V__Kingissepa_nim__kolhoos, lk 90
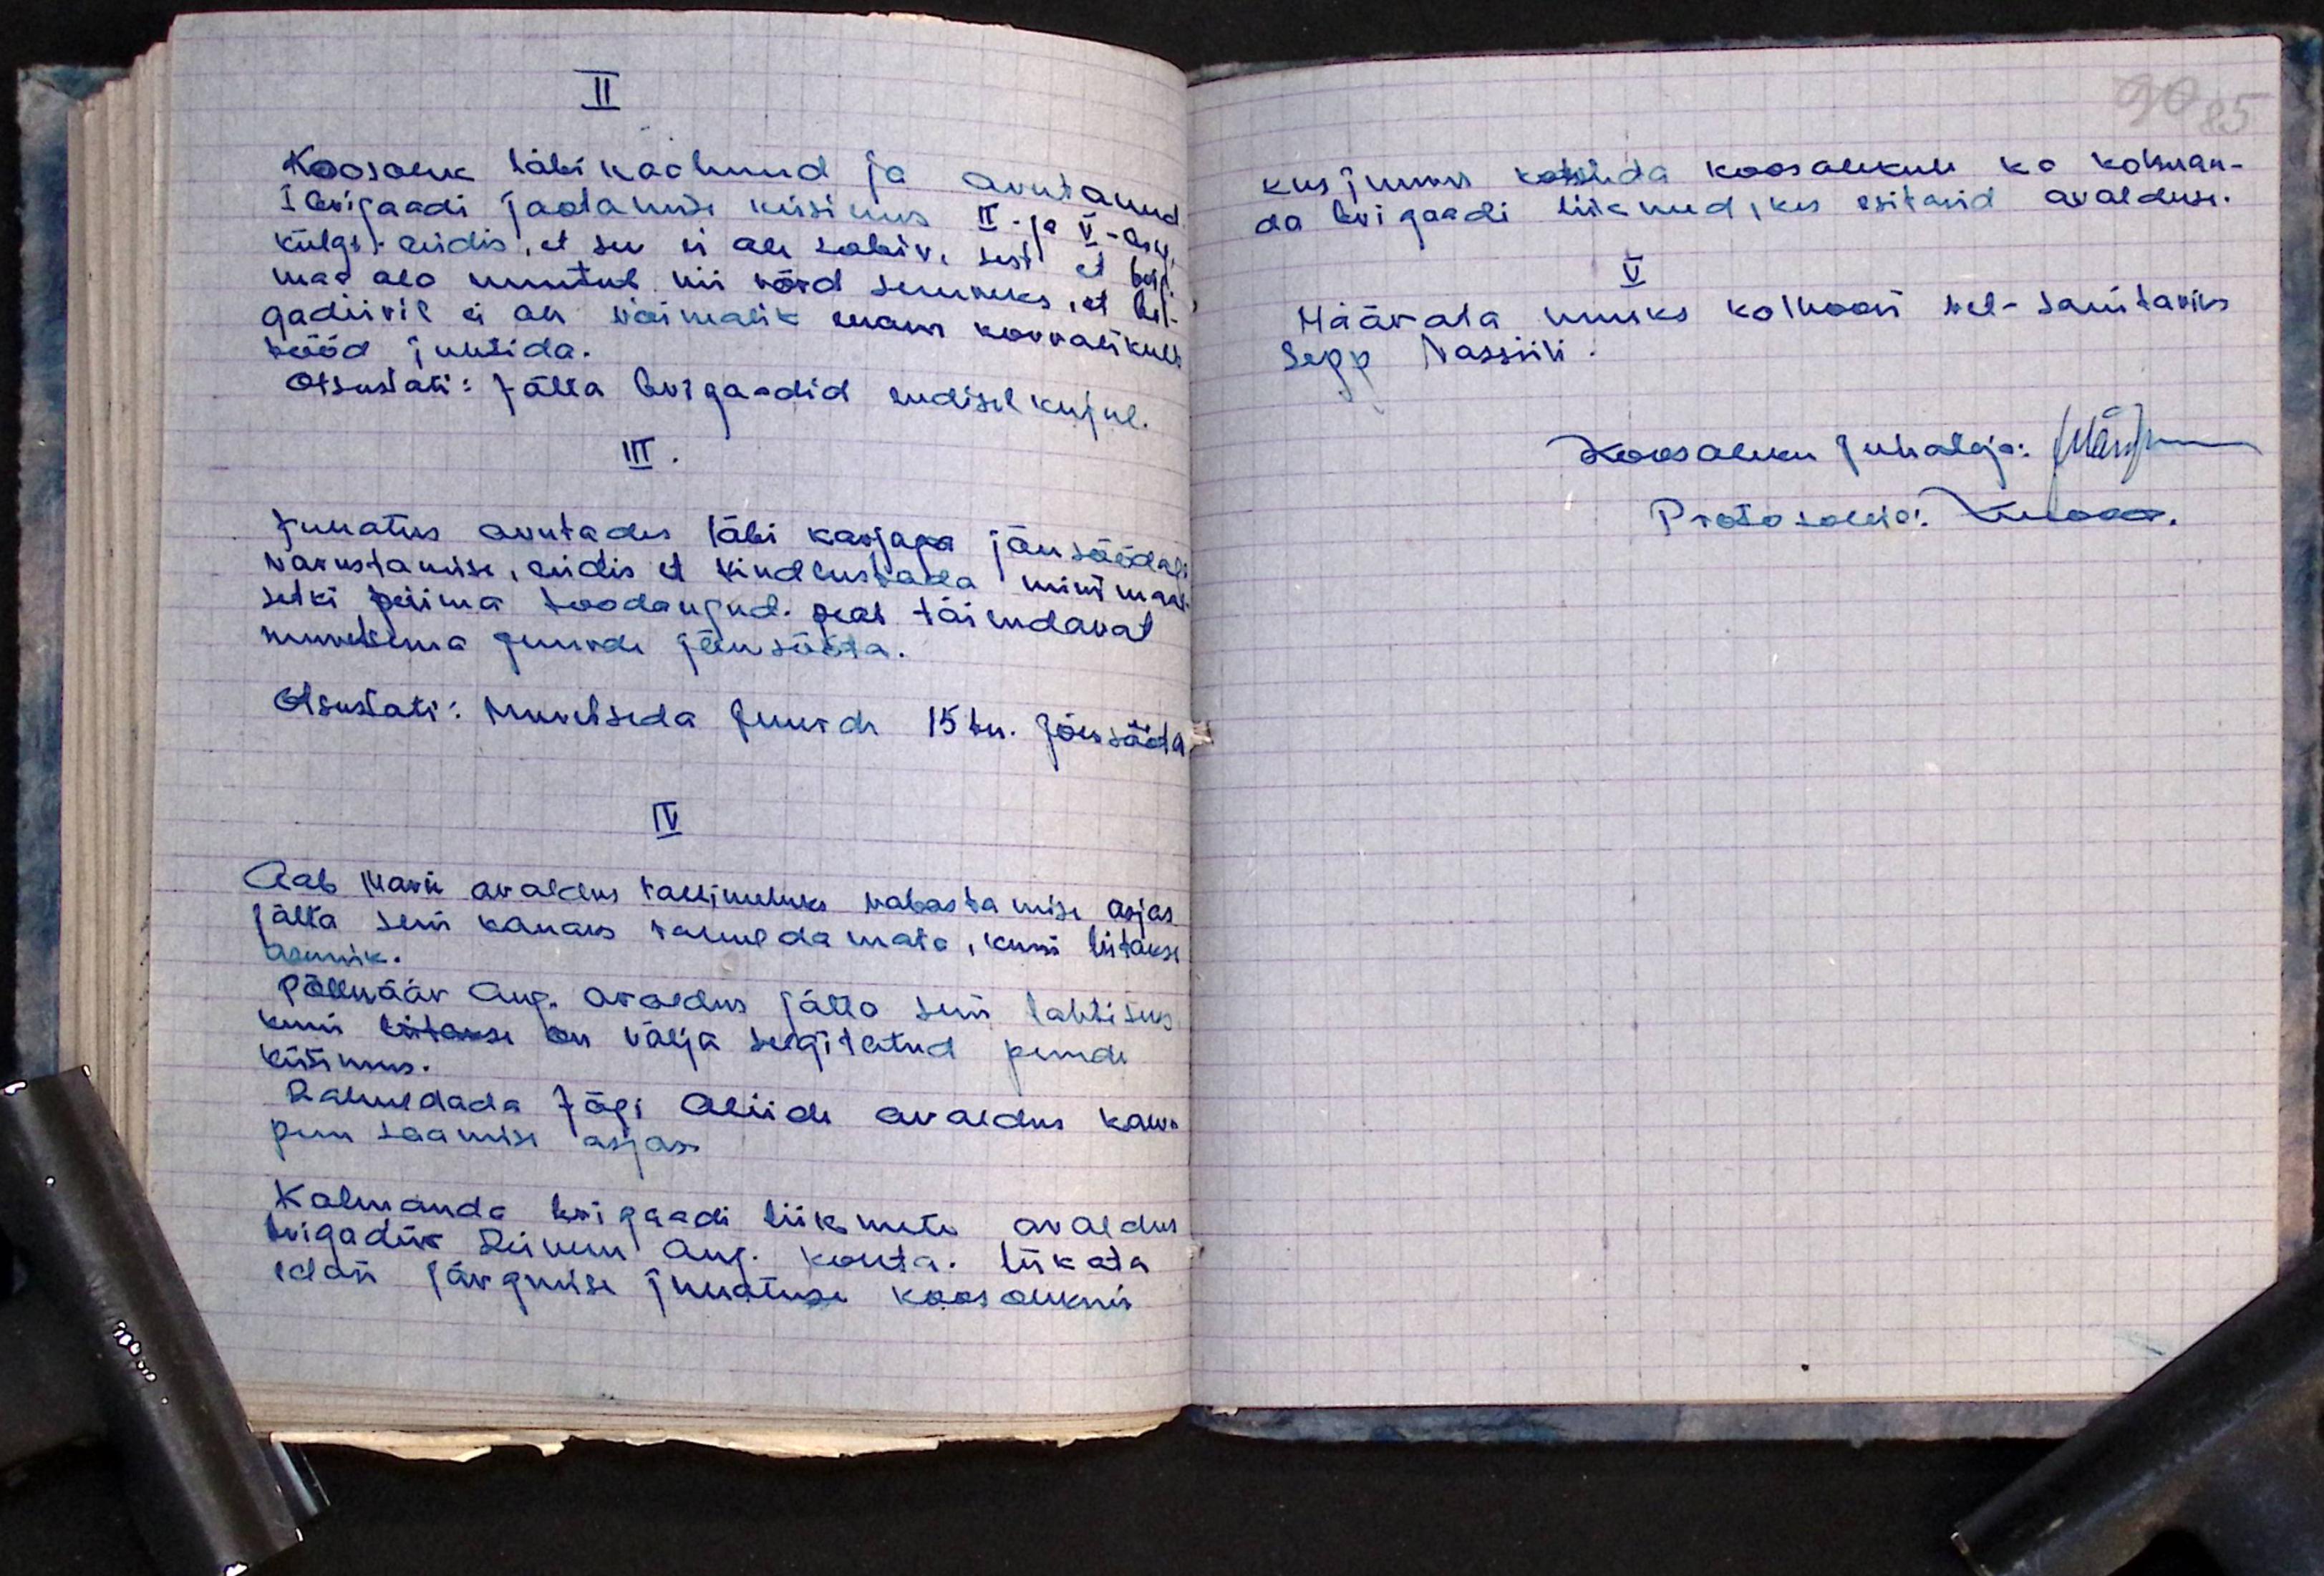
II
Koosolek läbikaalunud ja arutanud
I brigaadi jaotamise küsimus II- ja V- brig.
külge leidis, et see ei ole sobiv, sest et brig.
mad ala muutub, nii võrd suureks, et brig-
gadiiril ei on võimalik enam korralikult
tööd juhtida.
Otsustati: Jätta briga-did endisel kujul.
III .
Juhatus arutades läbi karjaga jõusöödaga
varustamise, leidis et kindlustada minimaal-
setki piima toodangud. peab täiendavat
muretsema juurde jõusööta.
otsustati: Muretseda juurde 15 tn. Jõusööta
IV
Aab Marie avaldus tallimeheks vabastamise asjas
jätta seni kauaks rahuldamata, kuni leitakse
asemik.
Põlluäär Aug. avaldus jätta seni lahtiseks
kuni leitakse on välja selgitatud pendi
küsimus.
Rahuldada Jõgi Aliide avaldus kaua
puu saamise asjas.
Kolmanda brigaadi liikmete avaldus
brigadiir Reinem Aug. kohta. lükata
edasi järgmise Juhatuse koosolekuks

90 85
kusjuures kotsuda koosolekule ko kolman-
da brigaadi liikmed, kes esitasid avaldusi.
V.
Määrata uueks kolhoosi met-sanitariks
Sepp Vassili.
Koosoleku juhataja: Järson
Protokollia: Mook